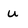
Character: u